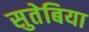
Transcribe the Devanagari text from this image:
सुतेबिया